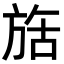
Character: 𬀇